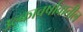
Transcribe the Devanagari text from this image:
उल्कावर्षावातील